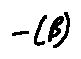
- ( \beta )